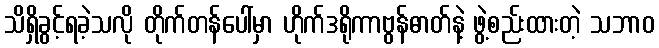
သိရှိခွင့်ရခဲ့သလို တိုက်တန်ပေါ်မှာ ဟိုက်ဒရိုကာဗွန်ဓာတ်နဲ့ ဖွဲ့စည်းထားတဲ့ သဘာဝ